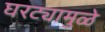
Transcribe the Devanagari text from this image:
घरट्यामुळे